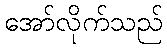
အော်လိုက်သည်